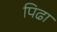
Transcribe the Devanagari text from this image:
पिढा